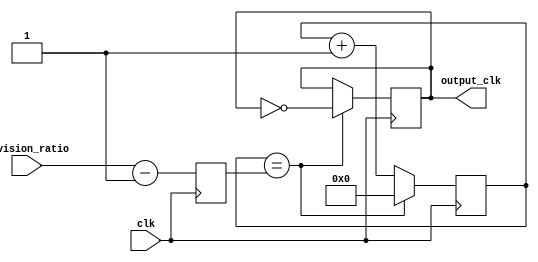
module fractional_clock_divider (
    input clk, // input clock signal
    input [7:0] division_ratio, // division ratio value
    output reg output_clk // output clock signal
    );

reg [7:0] count;
reg [7:0] count_max;

always @ (posedge clk) begin
    count <= count + 1;
    
    if(count == count_max) begin
        output_clk <= ~output_clk;
        count <= 0;
    end
end

always @ (posedge clk) begin
    count_max <= division_ratio - 1;
end

endmodule